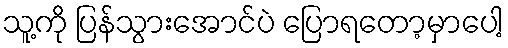
သူ့ကို ပြန်သွားအောင်ပဲ ပြောရတော့မှာပေါ့